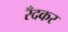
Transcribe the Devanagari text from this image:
रँदकर